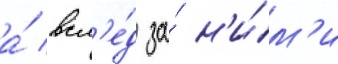
а́ всл'е́д за́ н'и́м'и